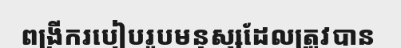
ពង្រីករបៀបរូបមនុស្សដែលត្រូវបាន